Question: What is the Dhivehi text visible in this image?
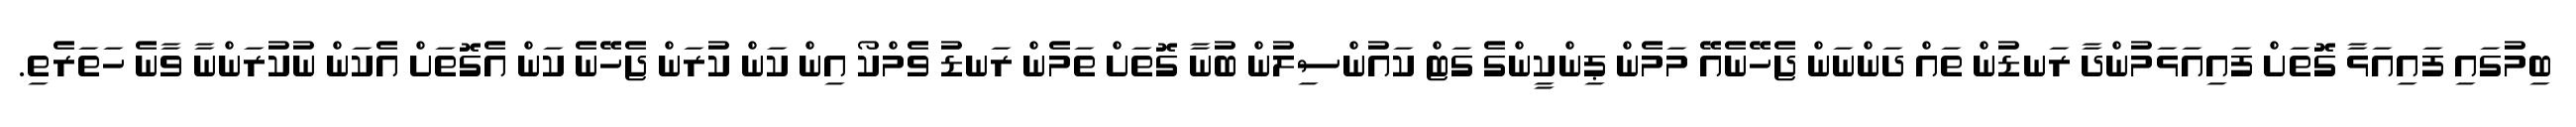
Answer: ބިމުގައި ފައިއަޅާ ގޮތަށް ފައިއަޅަމުންދާ ރަނޑުން ތައް ދަންނަން ޖެހޭނެއޭ މަމެން ޕިންކީންގެ ގަޓް ކައުންސިލުން ބުނާ ގޮތަށް ތަމެން ރަނޑު ވެމްކޯ އިން ކަން ކުރަން ޖެހޭނެ ކަން އެގޮތަށް އެކަން ނުކުރަންނާ ވާނެ ހަތަރެތި.